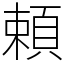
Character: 頼